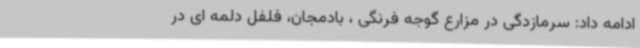
ادامه داد: سرمازدگی در مزارع گوجه فرنگی ، بادمجان، فلفل دلمه ای در